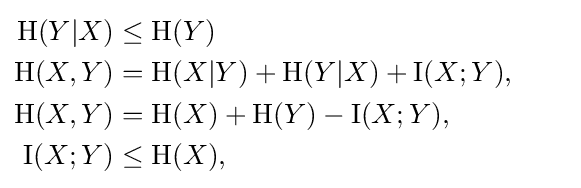
{\begin{aligned}\mathrm {H} (Y|X)&\leq \mathrm {H} (Y)\,\\\mathrm {H} (X,Y)&=\mathrm {H} (X|Y)+\mathrm {H} (Y|X)+\operatorname {I} (X;Y),\qquad \\\mathrm {H} (X,Y)&=\mathrm {H} (X)+\mathrm {H} (Y)-\operatorname {I} (X;Y),\,\\\operatorname {I} (X;Y)&\leq \mathrm {H} (X),\,\end{aligned}}